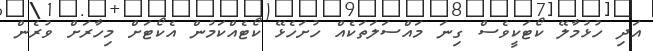
އަދި ހުޅުމާލޭ ކޯޓަކީވެސް ގިނަ މައްސަލަތަކެއް ހުށަހެޅޭ ކޯޓެއްކަމުން އެކޯޓަށް މިހާރަށް ވުރެން